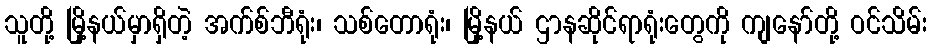
သူတို့ မြို့နယ်မှာရှိတဲ့ အက်စ်ဘီရုံး၊ သစ်တောရုံး၊ မြို့နယ် ဌာနဆိုင်ရာရုံးတွေကို ကျနော်တို့ ဝင်သိမ်း